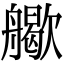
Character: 𦪬